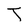
Character: T